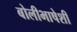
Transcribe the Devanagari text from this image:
बोलीभाषेशी